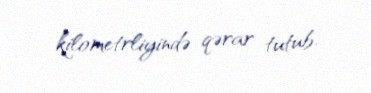
kilometrliyində qərar tutub.